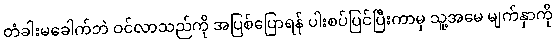
တံခါးမခေါက်ဘဲ ဝင်လာသည်ကို အပြစ်ပြောရန် ပါးစပ်ပြင်ပြီးကာမှ သူ့အမေ မျက်နှာကို